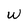
Character: w